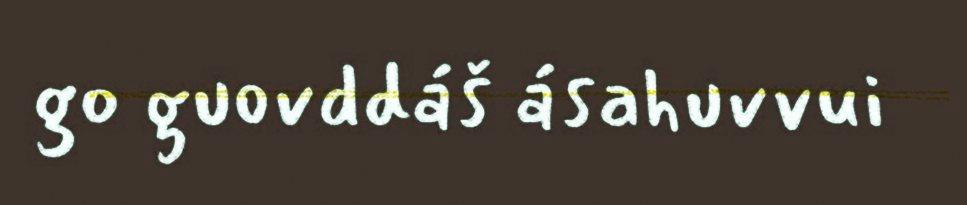
go guovddáš ásahuvvui